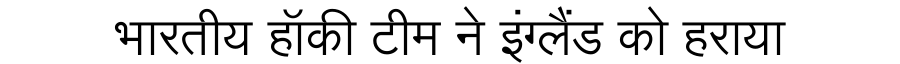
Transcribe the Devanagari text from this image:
भारतीय हॉकी टीम ने इंग्लैंड को हराया